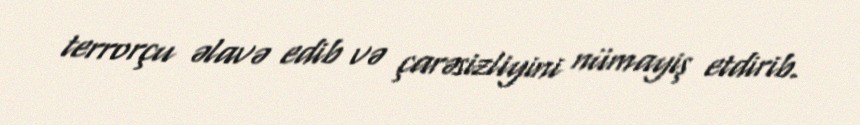
terrorçu əlavə edib və çarəsizliyini nümayiş etdirib.